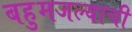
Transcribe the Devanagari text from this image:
बहुमजल्याची